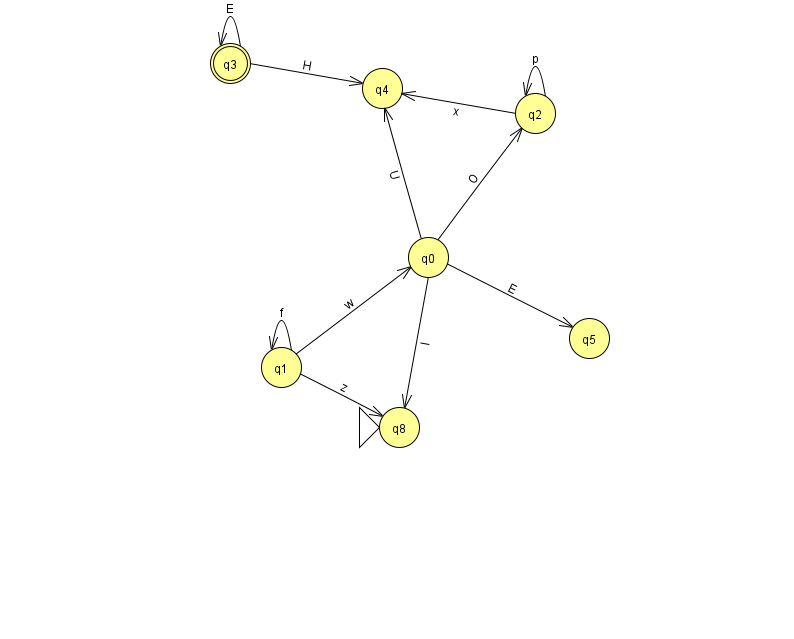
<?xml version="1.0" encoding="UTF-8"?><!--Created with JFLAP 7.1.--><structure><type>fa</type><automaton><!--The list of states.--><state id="0" name="q0"><x>428.0</x><y>244.0</y></state><state id="1" name="q1"><x>281.0</x><y>354.0</y></state><state id="2" name="q2"><x>535.0</x><y>100.0</y></state><state id="3" name="q3"><x>230.0</x><y>50.0</y><final/></state><state id="4" name="q4"><x>382.0</x><y>75.0</y></state><state id="5" name="q5"><x>589.0</x><y>325.0</y></state><state id="8" name="q8"><x>399.0</x><y>414.0</y><initial/></state><!--The list of transitions.--><transition><from>0</from><to>5</to><read>E</read></transition><transition><from>2</from><to>2</to><read>p</read></transition><transition><from>3</from><to>3</to><read>E</read></transition><transition><from>1</from><to>0</to><read>w</read></transition><transition><from>1</from><to>1</to><read>f</read></transition><transition><from>0</from><to>2</to><read>O</read></transition><transition><from>0</from><to>8</to><read>l</read></transition><transition><from>0</from><to>4</to><read>U</read></transition><transition><from>1</from><to>8</to><read>z</read></transition><transition><from>2</from><to>4</to><read>x</read></transition><transition><from>3</from><to>4</to><read>H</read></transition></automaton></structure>